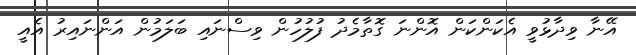
އޭނާ ވިދާޅުވީ އެކަންކަން އޮންނަ ގޮތާމެދު ފުލުހުން ވިސްނައި ބަލަމުން އަންނައިރު އެއީ